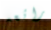
رائعه